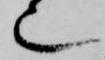
也